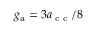
g _ { \mathrm { a } } = 3 a _ { \textnormal { c c } } / 8